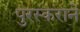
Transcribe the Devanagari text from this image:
पुरस्कराने